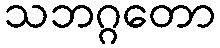
သဘဂ္ဂတော